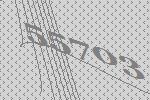
55703